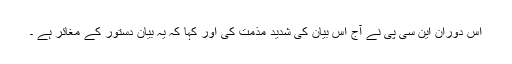
اس دوران این سی پی نے آج اس بیان کی شدید مذمت کی اور کہا کہ یہ بیان دستور کے مغائر ہے ۔